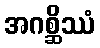
အဂစ္ဆိဿံ